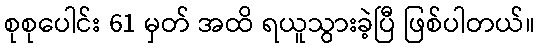
စုစုပေါင်း 61 မှတ် အထိ ရယူသွားခဲ့ပြီ ဖြစ်ပါတယ်။